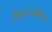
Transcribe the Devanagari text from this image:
किया।केविन